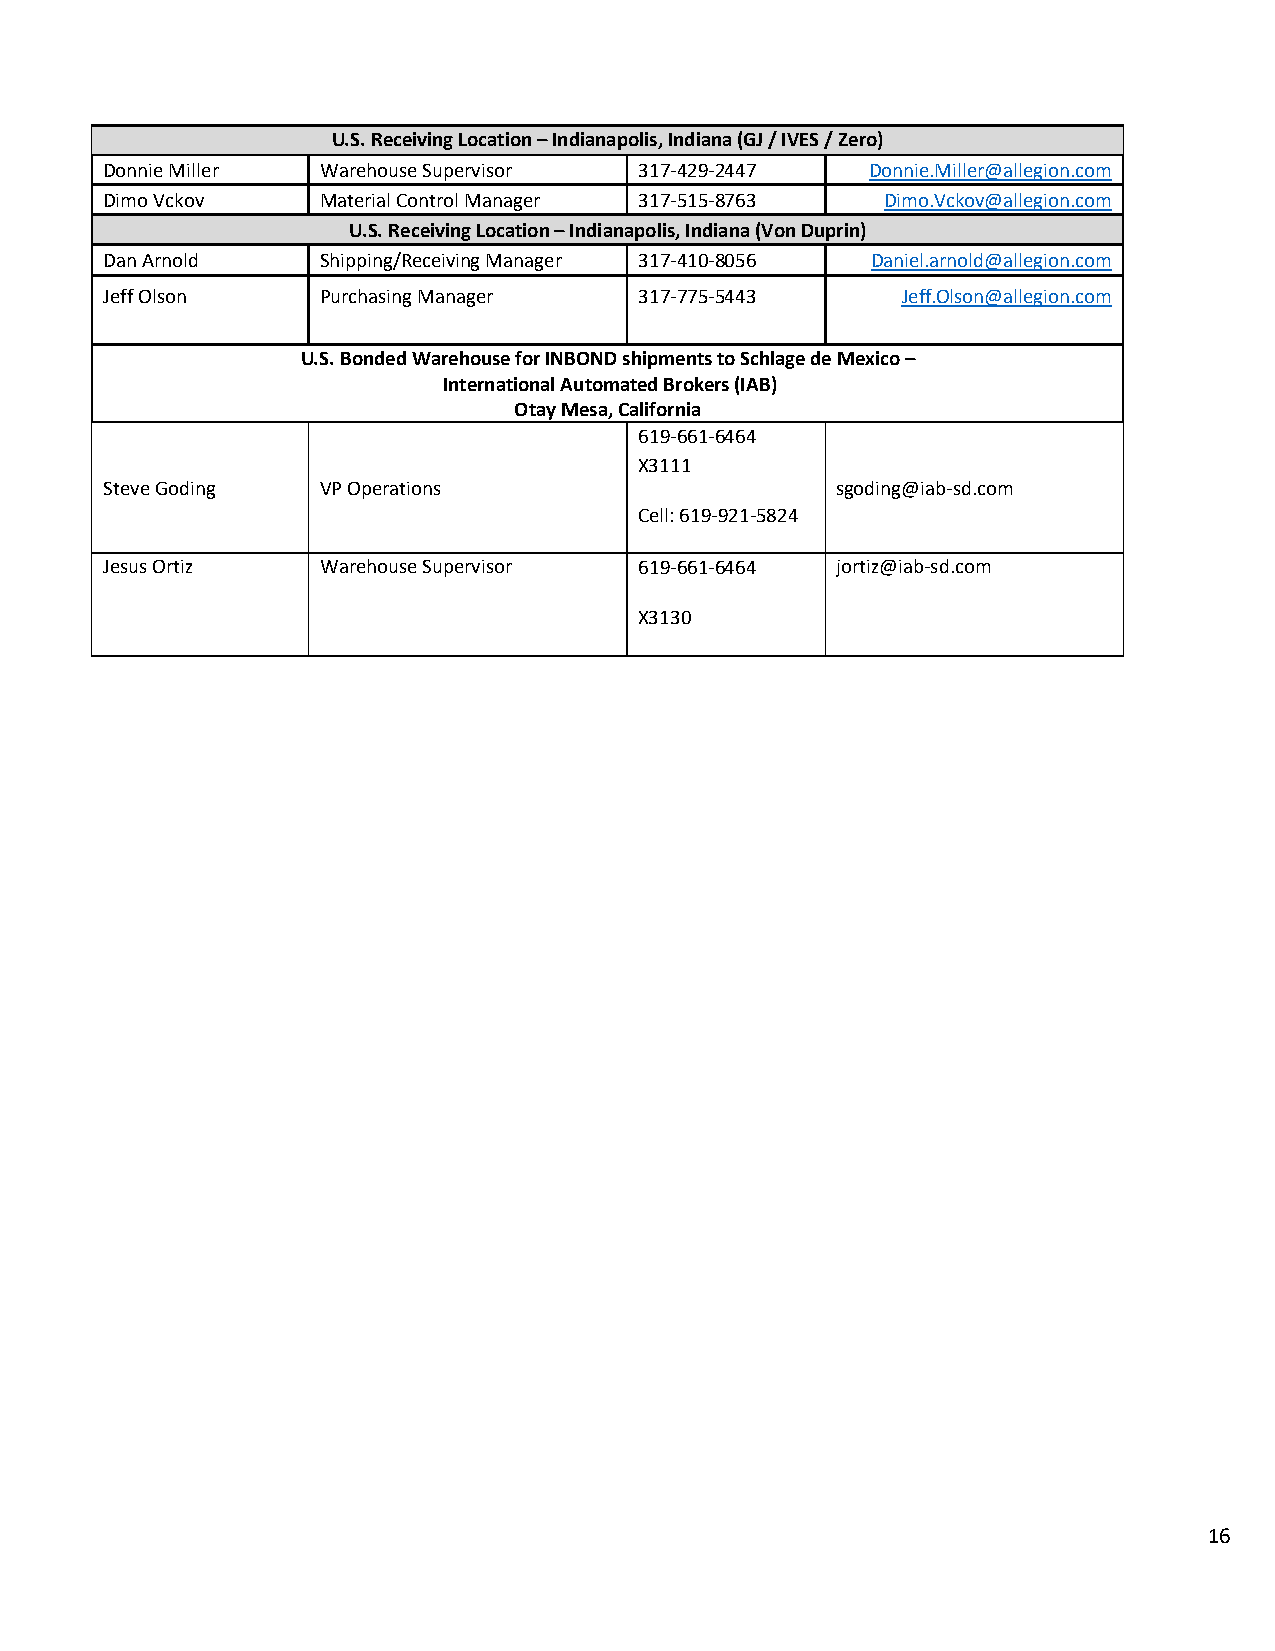
U.S. Receiving Location – Indianapolis, Indiana (GJ / IVES / Zero)
 Donnie Miller Warehouse Supervisor 317-429-2447    Donnie.Miller@allegion.com
 Dimo Vckov    Material Control Manager 317-515-8763 Dimo.Vckov@allegion.com
 U.S. Receiving Location – Indianapolis, Indiana (Von Duprin)
 Dan Arnold    Shipping/Receiving Manager 317-410-8056 Daniel.arnold@allegion.com
 Jeff Olson    Purchasing Manager   317-775-5443      Jeff.Olson@allegion.com
 U.S. Bonded Warehouse for INBOND shipments to Schlage de Mexico –
 International Automated Brokers (IAB)
 Otay Mesa, California
 619-661-6464
 X3111
 Steve Goding  VP Operations                     sgoding@iab-sd.com
 Cell: 619-921-5824
 Jesus Ortiz   Warehouse Supervisor 619-661-6464 jortiz@iab-sd.com
 X3130
 16